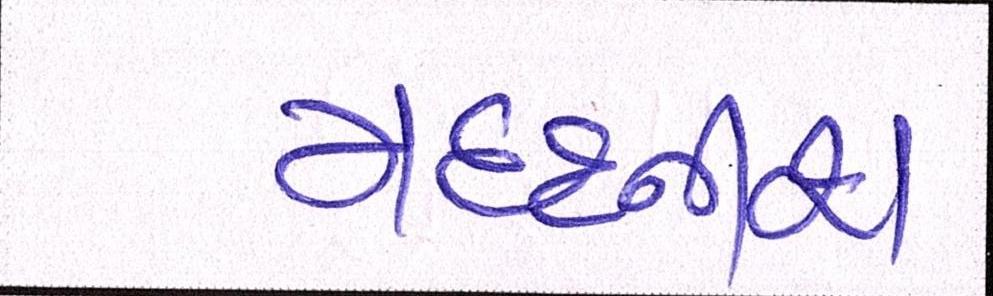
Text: મદદનીશ